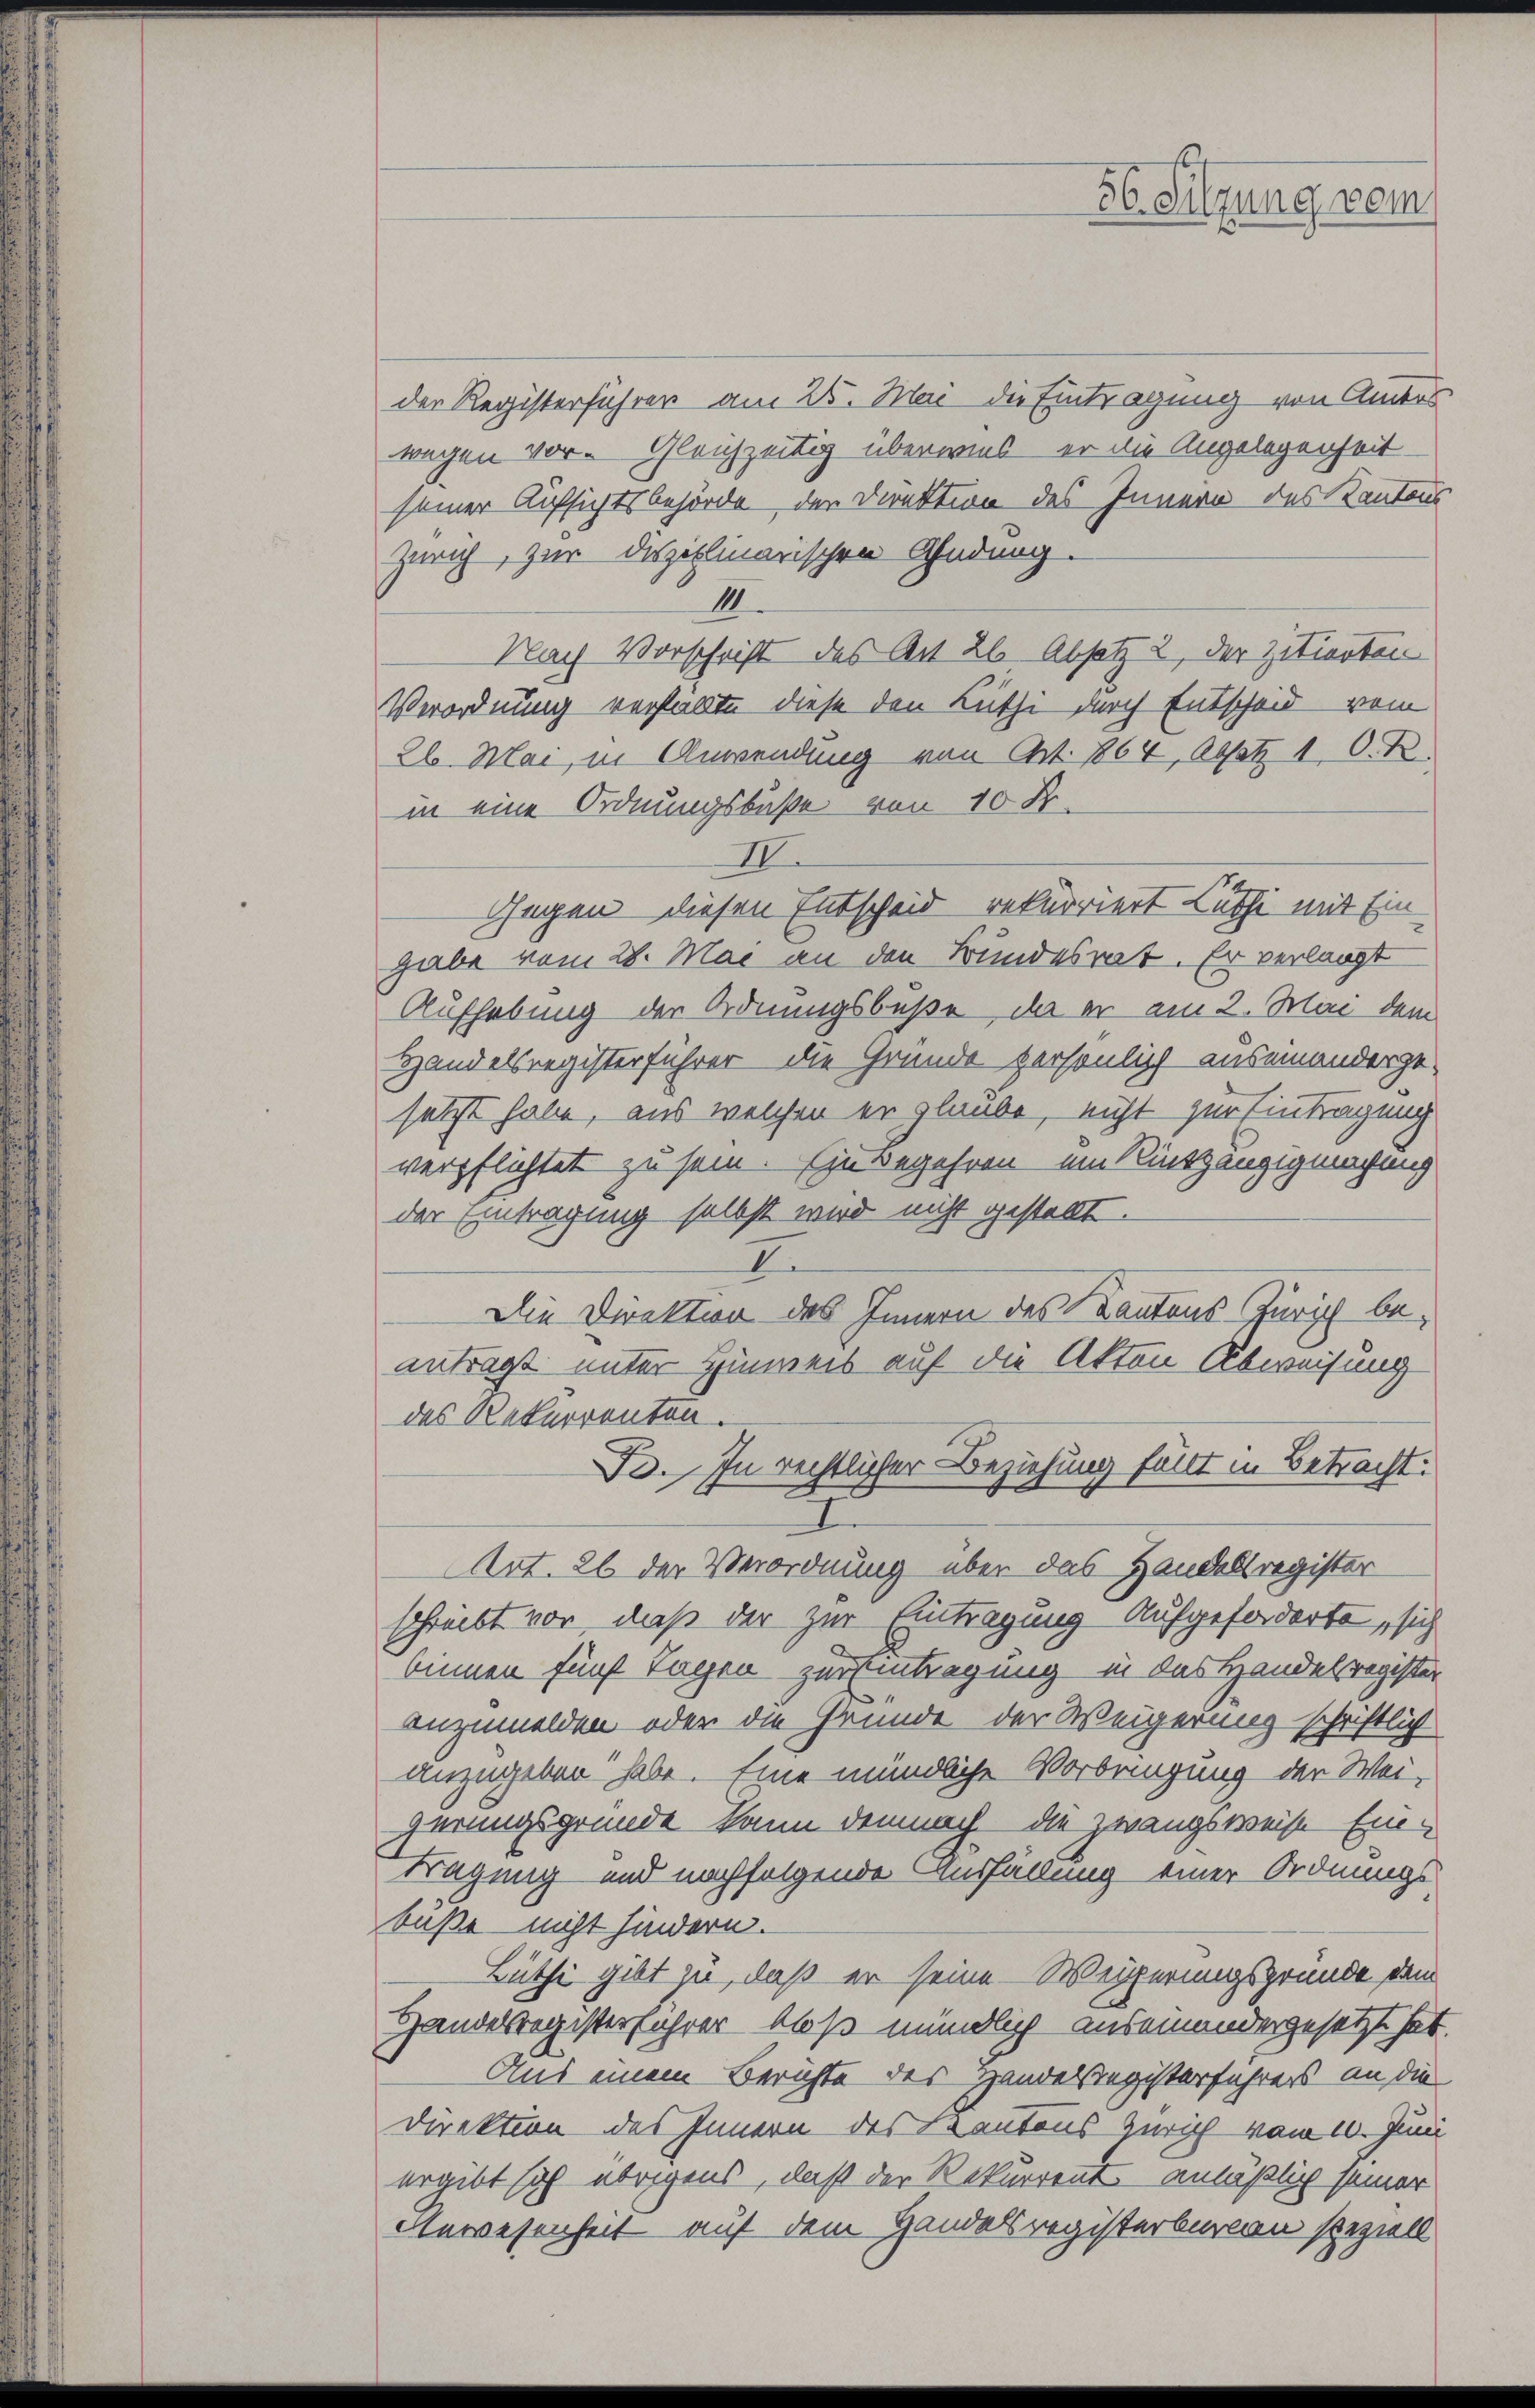
der Registerführer am 25. Mai die Eintragung von Antos
wegen vor. Gleichzeitig überwies er die Angelegenheit
seiner Aufsichtsbehörde der Direktion des Innern des Kantons
Zürich, zur disziplinarischen Ahndung.
II
Nach Vorschrift des Art 26 Absatz 2, der zitierten
Verordnung verfallte diese den Lüthi durch Entscheid vom
26. Mai, in Anwendung von Art. 864, Absatz 1 O. R.
in eine Ordnungsbuße von 10 Fr.
III.
Gegen diesen Entscheid rekurriert Luthe mit Eingabe vom 28. Mai an den Bundesrat. Er verlangt
Aufhebung der Ordnungsbuße, da er am 2. Mai dem
Handelsregisterführer die Gründe persönlich auseinanderge-
setzt habe, aus welchen er glaube, nicht zur Eintragung
verpflichtet zu sein. Einbegehren ein Rückgängigmachung
der Eintragung selbst wird nicht gestellt.
I
Die Direktion des Innern des Kantons Zürich beantragt unter Hinweis auf die Akten Abweisung
des Rekurrenten.
Fo. In rechtlicher Beziehung fällt in Betracht.
1
AArt. 26 der Verordnung über das Handelsregister
schreibt vor, daß der zur Eintragung aufgeforderte, sich
binnen fünf Tagen zur Eintragung in das Handelsregister
anzumelden oder die Gründe der Weigerung schriftlich
anzugeben habe. Eine mündliche Vorbringung der Weigerungsgründe kann demnach die Zwangsweise Ein-
Tagung und nachfolgende Ausfüllung einer Ordnungs
büße nicht hindern.
Lüthe gibt zu, daß er seine Weigerungsgründe dem
Handelsregisterfahrer bloß mündlich auseinandergesetzt hat.
Aus einem Berichte des Handesregisterfahrers an die
Direktion des Innern des Kantons Zürich vom 10. Juni
ergibt sich übrigens, daß der Rekurrent anläßlich seiner
Anwesenheit auf dem Handelsregisterburgen speziell

56. Sitzung vom